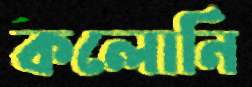
কলোনি